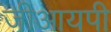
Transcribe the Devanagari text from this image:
जीआयपी